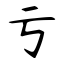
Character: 亏